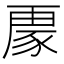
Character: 𮙟